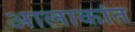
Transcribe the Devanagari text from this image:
आलाकांत